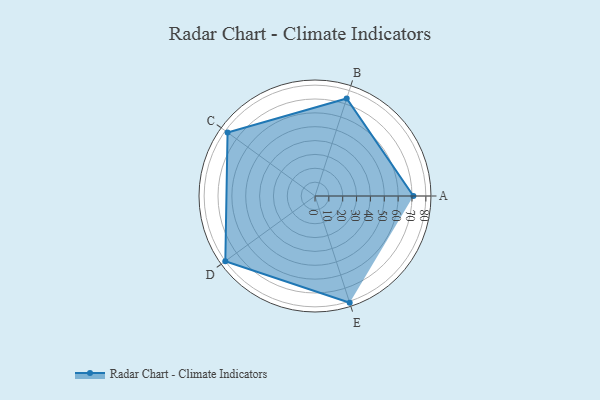
{"axis": {"x": "Skill", "y": "Score"}, "legend": ["Profile"], "data": [{"x": "A", "y": 71.0, "type": "Profile"}, {"x": "B", "y": 74.0, "type": "Profile"}, {"x": "C", "y": 78.0, "type": "Profile"}, {"x": "D", "y": 80.0, "type": "Profile"}, {"x": "E", "y": 81.0, "type": "Profile"}]}